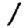
Digit: 1